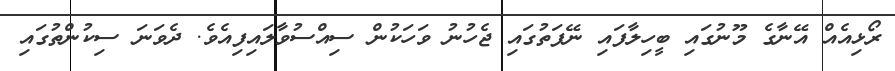
ރޯޅިއެއް އޭނާގެ މޫނުގައި ބީހިލާފައި ނޭފަތުގައި ޖެހުނު ވަހަކުން ސިއްސުވާލައިފިއެވެ. ދެވަނަ ސިކުންތުގައި